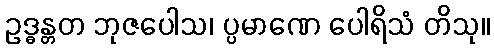
ဥဒ္ဓန္တတ ဘုဇပေါသ၊ ပ္ပမာဏေ ပေါရိသံ တိသု။